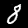
Label: 8